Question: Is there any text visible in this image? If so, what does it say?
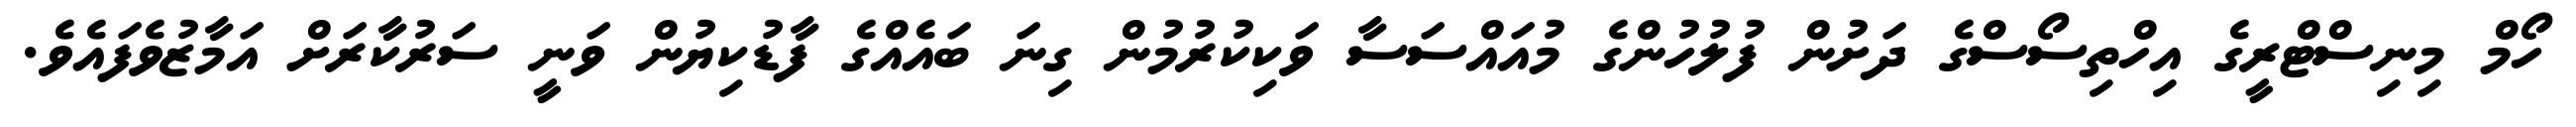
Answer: ހޯމް މިނިސްޓްރީގެ އިހްތިސޯސްގެ ދަށުން ފުލުހުންގެ މުއައްސަސާ ވަކިކުރުމުން ގިނަ ބައެއްގެ ފާޑުކިޔުން ވަނީ ސަރުކާރަށް އަމާޒުވެފައެވެ.